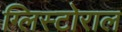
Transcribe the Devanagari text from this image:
ग्लिस्टोराल